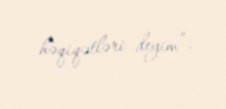
həqiqətləri deyim”.